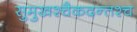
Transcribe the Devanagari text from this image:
सुमुखश्चैकदन्तश्च